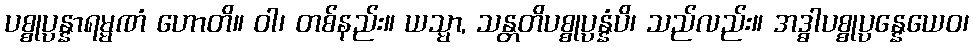
ပစ္စုပ္ပန္နာရမ္မဏံ ဟောတိ။ ဝါ၊ တစ်နည်း။ ယသ္မာ, သန္တတိပစ္စုပ္ပန္နံပိ၊ သည်လည်း။ အဒ္ဓါပစ္စုပ္ပန္နေယေဝ၊